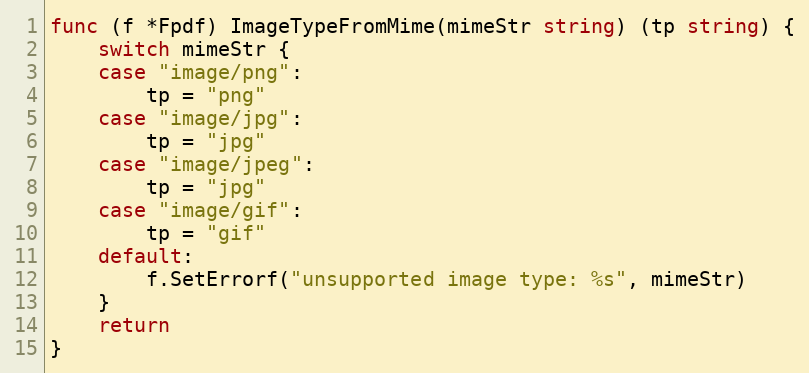
Language: Go
func (f *Fpdf) ImageTypeFromMime(mimeStr string) (tp string) {
	switch mimeStr {
	case "image/png":
		tp = "png"
	case "image/jpg":
		tp = "jpg"
	case "image/jpeg":
		tp = "jpg"
	case "image/gif":
		tp = "gif"
	default:
		f.SetErrorf("unsupported image type: %s", mimeStr)
	}
	return
}